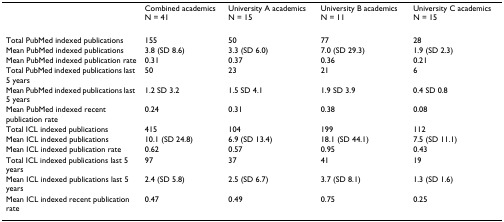
<table><thead><tr><td></td><td><b>Combined academics N = 41</b></td><td><b>University A academics N = 15</b></td><td><b>University B academics N = 11</b></td><td><b>University C academics N = 15</b></td></tr></thead><tbody><tr><td>Total PubMed indexed publications</td><td>155</td><td>50</td><td>77</td><td>28</td></tr><tr><td>Mean PubMed indexed publications</td><td>3.8 (SD 8.6)</td><td>3.3 (SD 6.0)</td><td>7.0 (SD 29.3)</td><td>1.9 (SD 2.3)</td></tr><tr><td>Mean PubMed indexed publication rate</td><td>0.31</td><td>0.37</td><td>0.36</td><td>0.21</td></tr><tr><td>Total PubMed indexed publications last 5 years</td><td>50</td><td>23</td><td>21</td><td>6</td></tr><tr><td>Mean PubMed indexed publications last 5 years</td><td>1.2 SD 3.2</td><td>1.5 SD 4.1</td><td>1.9 SD 3.9</td><td>0.4 SD 0.8</td></tr><tr><td>Mean PubMed indexed recent publication rate</td><td>0.24</td><td>0.31</td><td>0.38</td><td>0.08</td></tr><tr><td>Total ICL indexed publications</td><td>415</td><td>104</td><td>199</td><td>112</td></tr><tr><td>Mean ICL indexed publications</td><td>10.1 (SD 24.8)</td><td>6.9 (SD 13.4)</td><td>18.1 (SD 44.1)</td><td>7.5 (SD 11.1)</td></tr><tr><td>Mean ICL indexed publication rate</td><td>0.62</td><td>0.57</td><td>0.95</td><td>0.43</td></tr><tr><td>Total ICL indexed publications last 5 years</td><td>97</td><td>37</td><td>41</td><td>19</td></tr><tr><td>Mean ICL indexed publications last 5 years</td><td>2.4 (SD 5.8)</td><td>2.5 (SD 6.7)</td><td>3.7 (SD 8.1)</td><td>1.3 (SD 1.6)</td></tr><tr><td>Mean ICL indexed recent publication rate</td><td>0.47</td><td>0.49</td><td>0.75</td><td>0.25</td></tr></tbody></table>